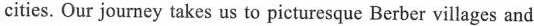
cities. Our journey takes us to picturesque Berber villages and